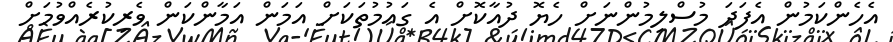
އެހެންކަމުން އެފަދަ މުސްލިމުންނަށް ހެޔޮ ދުއާކޮށް އެ ގައުމުތަކަށް އަމަން އަމާންކަން ވެރިކުރެއްވުމަށް